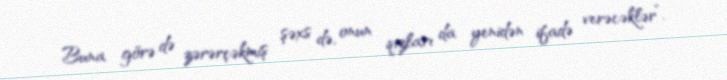
Buna görə də zərərçəkmiş şəxs də, onun qızları da yenidən ifadə verəcəklər”.